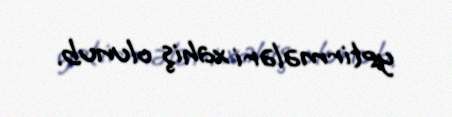
yetirmələri xahiş olunub.